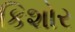
કિશોર